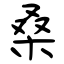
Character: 桑